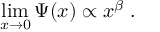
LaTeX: \operatorname * { l i m } _ { x \to 0 } \Psi ( x ) \propto x ^ { \beta } \; .